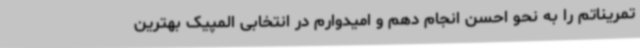
تمریناتم را به نحو احسن انجام دهم و امیدوارم در انتخابی المپیک بهترین